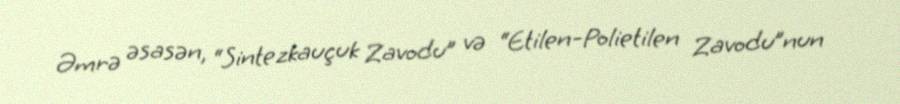
Əmrə əsasən, “Sintezkauçuk Zavodu” və “Etilen-Polietilen Zavodu”nun